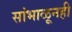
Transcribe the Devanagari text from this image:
सांभाळूनही